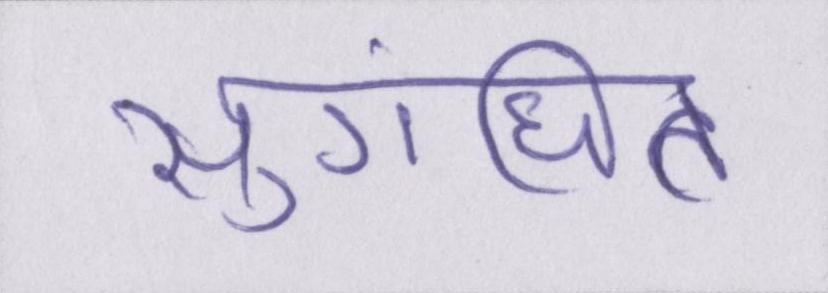
सुगंधित